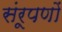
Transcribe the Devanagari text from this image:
संरूपणों